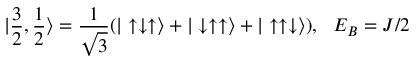
| \frac { 3 } { 2 } , \frac { 1 } { 2 } \rangle = \frac { 1 } { \sqrt { 3 } } ( | \uparrow \downarrow \uparrow \rangle + | \downarrow \uparrow \uparrow \rangle + | \uparrow \uparrow \downarrow \rangle ) , \ \ E _ { B } = J / 2